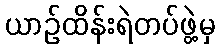
ယာဉ်ထိန်းရဲတပ်ဖွဲ့မှ